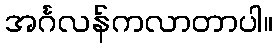
အင်္ဂလန်ကလာတာပါ။